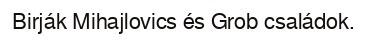
Birják Mihajlovics és Grob családok.